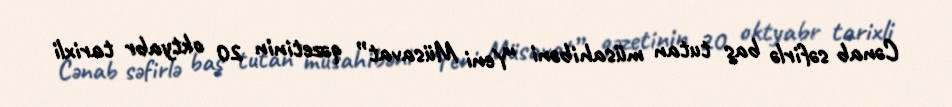
Cənab səfirlə baş tutan müsahibəni “Yeni Müsavat” qəzetinin 20 oktyabr tarixli